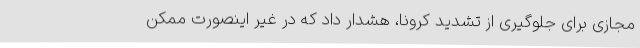
مجازی برای جلوگیری از تشدید کرونا، هشدار داد که در غیر اینصورت ممکن